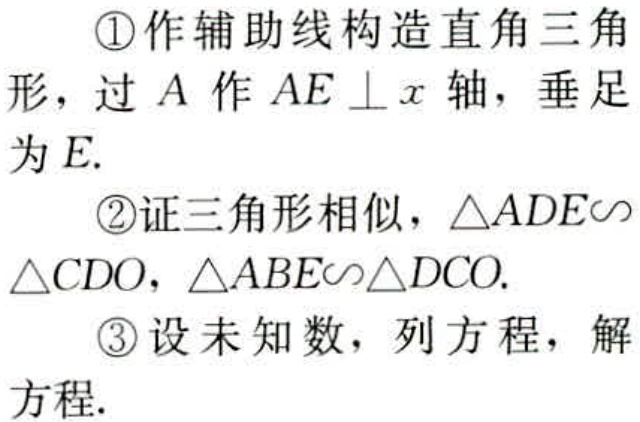
\textcircled{1}作辅助线构造直角三角形，过\(A\)作\(AE \perp x\)轴，垂足为\(E\).
\textcircled{2}证三角形相似，\(\triangle ADE\sim\triangle CDO\)，\(\triangle ABE\sim\triangle DCO\).
\textcircled{3}设未知数，列方程，解方程.